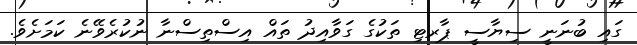
ގައި ބުނަނީ ސިޔާސީ ޕާރޓި ތަކުގެ ގަވާއިދު ތައް އިސްތިސްނާ ނުކުރެވޭނެ ކަމަށެވެ.